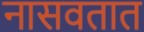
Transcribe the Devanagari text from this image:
नासवतात